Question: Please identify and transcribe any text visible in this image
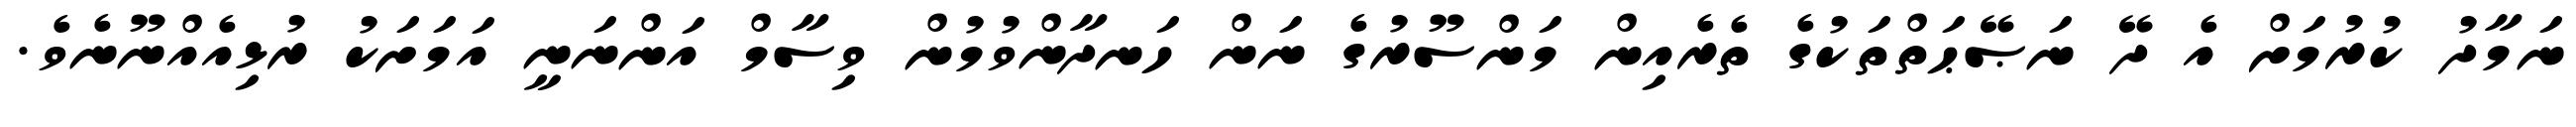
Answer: ނަމާދު ކުރުމަށް އެ ދޭ ނަޞޭޙަތްތަކުގެ ތެރެއިން މަންސޫރުގެ ނަން ހަނދާންވުމުން ވިސާމް އަންނަނީ އަމަށަކު ރުޅިއެއްނޫނެވެ.